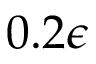
0 . 2 \epsilon